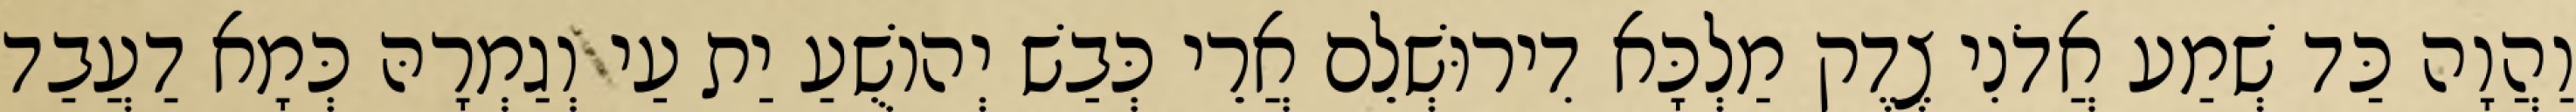
וַהֲוָה כַּד שְׁמַע אֲדֹנִי צֶדֶק מַלְכָּא דִירוּשְׁלֵם אֲרֵי כְּבַשׁ יְהוֹשֻׁעַ יַת עַי וְגַמְרָהּ כְּמָא דַעֲבַד